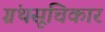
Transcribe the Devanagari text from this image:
ग्रंथसूचिकार